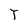
Character: T